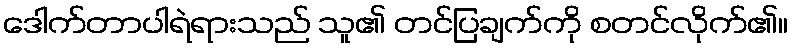
ဒေါက်တာပါရဲရားသည် သူ၏ တင်ပြချက်ကို စတင်လိုက်၏။